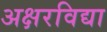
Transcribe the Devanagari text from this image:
अक्षरविद्या